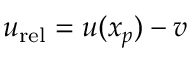
\boldsymbol { u } _ { \mathrm { r e l } } = \boldsymbol { u } ( \boldsymbol { x } _ { p } ) - \boldsymbol { v }